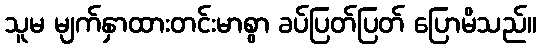
သူမ မျက်နှာထားတင်းမာစွာ ခပ်ပြတ်ပြတ် ပြောမိသည်။